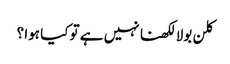
کلن بولا لکھنا نہیں ہے تو کیا ہوا ؟